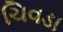
ચિવડા